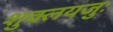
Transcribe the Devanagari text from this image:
शुक्लयजुः